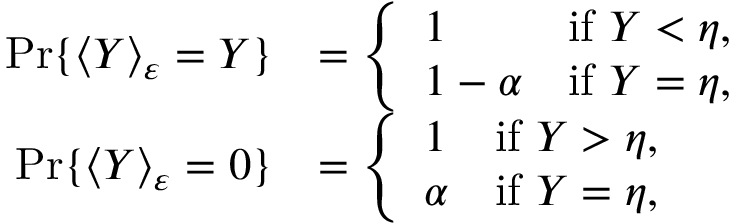
\begin{array} { r l } { \operatorname* { P r } \{ \langle Y \rangle _ { \varepsilon } = Y \} } & { = \left\{ \begin{array} { l l } { 1 } & { \mathrm { i f ~ } Y < \eta , } \\ { 1 - \alpha } & { \mathrm { i f ~ } Y = \eta , } \end{array} \right. } \\ { \operatorname* { P r } \{ \langle Y \rangle _ { \varepsilon } = 0 \} } & { = \left\{ \begin{array} { l l } { 1 } & { \mathrm { i f ~ } Y > \eta , } \\ { \alpha } & { \mathrm { i f ~ } Y = \eta , } \end{array} \right. } \end{array}